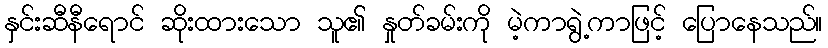
နှင်းဆီနီရောင် ဆိုးထားသော သူ၏ နှုတ်ခမ်းကို မဲ့ကာရွဲ့ကာဖြင့် ပြောနေသည်။